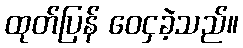
ထုတ်ပြန် ဝေငှခဲ့သည်။